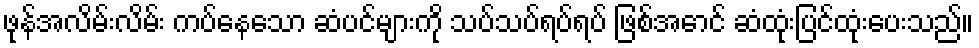
ဖုန်အလိမ်းလိမ်း ကပ်နေသော ဆံပင်များကို သပ်သပ်ရပ်ရပ် ဖြစ်အောင် ဆံထုံးပြင်ထုံးပေးသည်။